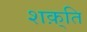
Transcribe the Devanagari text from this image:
शक़्ति